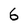
Character: 6